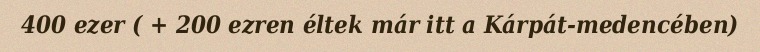
400 ezer ( + 200 ezren éltek már itt a Kárpát-medencében)